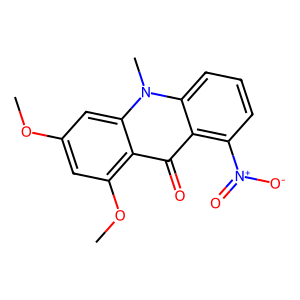
SMILES: COc1cc(OC)c2c(=O)c3c([N+](=O)[O-])cccc3n(C)c2c1
Inhibits HIV replication: No